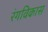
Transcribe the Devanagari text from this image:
रंगविकास